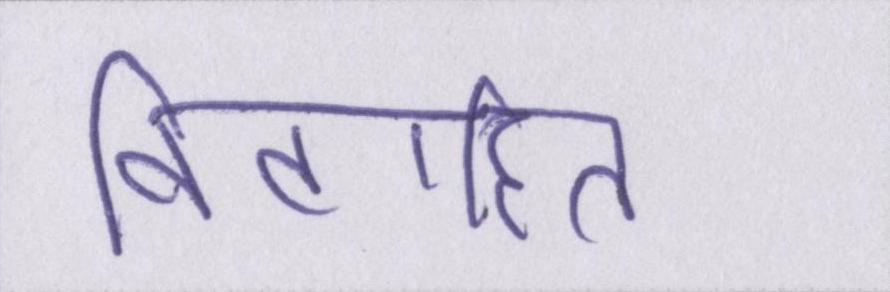
विवाहित